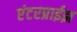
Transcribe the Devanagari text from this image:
एंटरप्राईझ